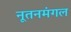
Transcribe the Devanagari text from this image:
नूतनमंगल